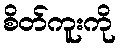
စိတ်ကူးကို